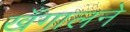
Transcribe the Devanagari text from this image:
खँगालने